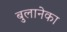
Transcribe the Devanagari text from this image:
बुलानेका